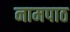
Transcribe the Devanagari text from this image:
नामपाठ